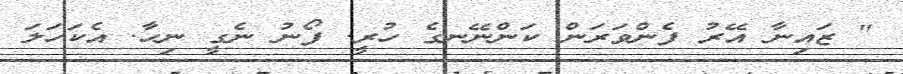
" ޒައިނާ އޭރު ފެންވަރަން ކަންނޭނގެ ހުރީ. ފޯނު ނެގީ ނިހާ. އެކަހަލަ